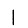
Digit: 1